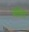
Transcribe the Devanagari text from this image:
पछेला